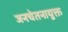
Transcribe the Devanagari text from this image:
जनचेतनायुक्त